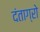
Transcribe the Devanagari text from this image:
दंताग्रो